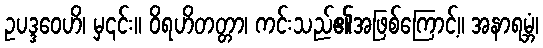
ဥပဒ္ဒဝေဟိ၊ မှ၎င်း။ ဝိရဟိတတ္တာ၊ ကင်းသည်၏အဖြစ်ကြောင့်။ အနာရမ္ဘံ၊